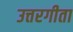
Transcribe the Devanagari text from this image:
उत्तरगीता